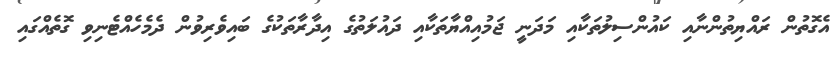
އެގޮތުން ރައްޔިތުންނާއި ކައުންސިލުތަކާއި މަދަނީ ޖަމުއިއްޔާތަކާއި ދައުލަތުގެ އިދާރާތަކުގެ ބައިވެރިވުން ދެމެހެއްޓެނިވި ގޮތެއްގައި